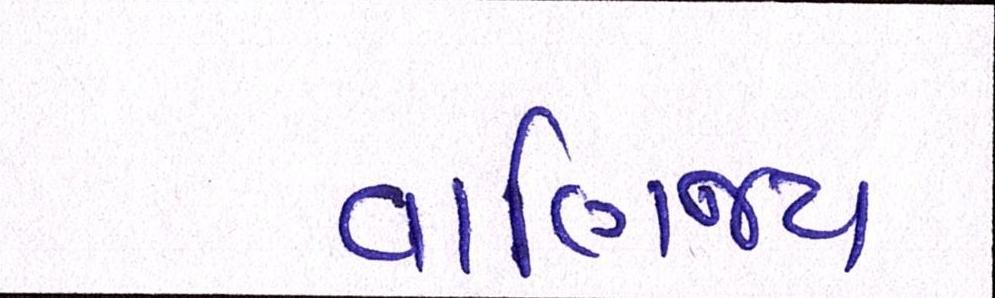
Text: વાણિજ્ય